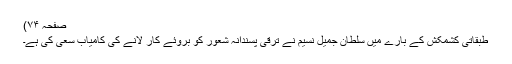
صفحہ ۷۴)
طبقاتی کشمکش کے بارے میں سلطان جمیل نسیم نے ترقی پسندانہ شعور کو بروئے کار لانے کی کامیاب سعی کی ہے۔